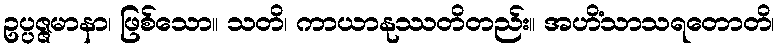
ဥပ္ပဇ္ဇမာနာ၊ ဖြစ်သော။ သတိ၊ ကာယာနုဿတိတည်း။ အဟိံသာသရတောတိ၊